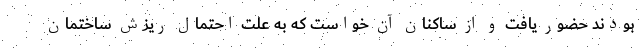
بودند حضور یافت و از ساکنان آن خواست که به علت احتمال ریزش ساختمان